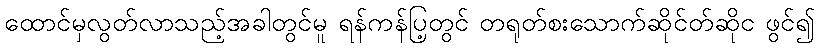
ထောင်မှလွတ်လာသည့်အခါတွင်မူ ရန်ကန်ပြ့တွင် တရုတ်စးသောက်ဆိုင်တ်ဆိုင ဖွင်၍